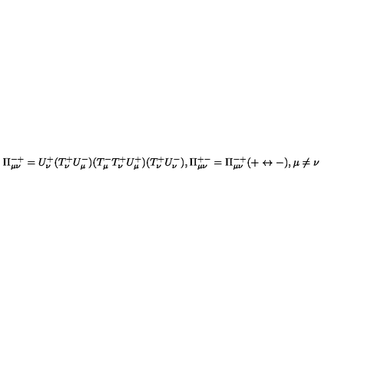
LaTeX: \Pi _ { \mu \nu } ^ { - + } = U _ { \nu } ^ { + } ( T _ { \nu } ^ { + } U _ { \mu } ^ { - } ) ( T _ { \mu } ^ { - } T _ { \nu } ^ { + } U _ { \mu } ^ { + } ) ( T _ { \nu } ^ { + } U _ { \nu } ^ { - } ) , \Pi _ { \mu \nu } ^ { + - } = \Pi _ { \mu \nu } ^ { - + } ( + \leftrightarrow - ) , \mu \neq \nu